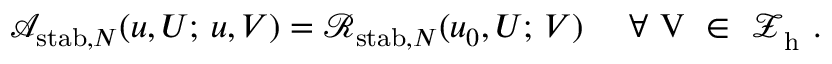
\mathcal { A } _ { \mathrm { s t a b } , N } ( \boldsymbol { u } , \boldsymbol { U } ; \, \boldsymbol { u } , \boldsymbol { V } ) = { \mathcal { R } } _ { \mathrm { s t a b } , N } ( \boldsymbol { u } _ { 0 } , \boldsymbol { U } ; \, \boldsymbol { V } ) \quad \mathrm { ~ \forall ~ \boldsymbol { V } ~ \in ~ \boldsymbol { \mathcal { Z } } _ h ^ \tau ~ . }